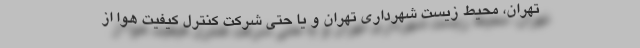
تهران، محیط‌ زیست شهرداری تهران و یا حتی شرکت کنترل کیفیت هوا از